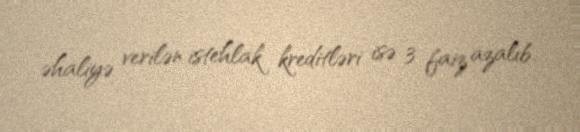
əhaliyə verilən istehlak kreditləri isə 3 faiz azalıb.